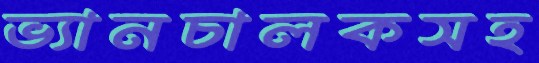
ভ্যানচালকসহ